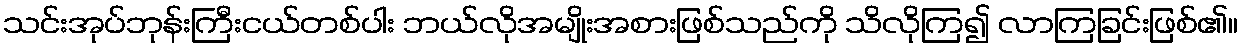
သင်းအုပ်ဘုန်းကြီးငယ်တစ်ပါး ဘယ်လိုအမျိုးအစားဖြစ်သည်ကို သိလိုကြ၍ လာကြခြင်းဖြစ်၏။